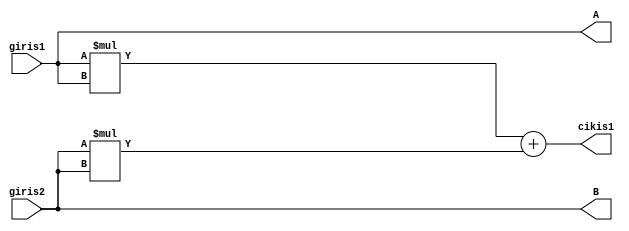
`timescale 1ns / 1ps

module hesap1(
    input [31:0] giris1,
    input [31:0] giris2,
    output reg [31:0] cikis1 ,
    output reg [31:0] A,
    output reg [31:0] B
    
    );
    always@(*) begin
        cikis1= ( giris1 * giris1 ) + ( giris2 * giris2);
        A = giris1;
        B = giris2;
    end
endmodule